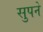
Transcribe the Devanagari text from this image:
सुपने